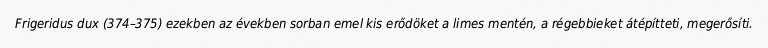
Frigeridus dux (374–375) ezekben az években sorban emel kis erődöket a limes mentén, a régebbieket átépítteti, megerősíti.